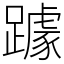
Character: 躆